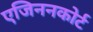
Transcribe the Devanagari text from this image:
एजिननकोर्ट